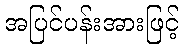
အပြင်ပန်းအားဖြင့်